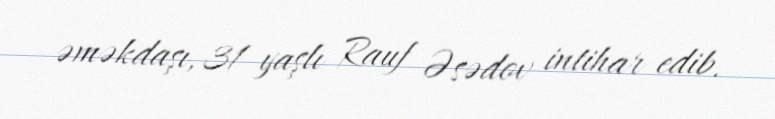
əməkdaşı, 31 yaşlı Rauf Əsədov intihar edib.